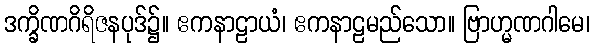
ဒက္ခိဏဂိရိဇနပုဒ်၌။ ဧကနာဠာယံ၊ ဧကနာဠမည်သော။ ဗြာဟ္မဏဂါမေ၊